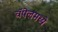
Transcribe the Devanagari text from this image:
चॅपेलमध्ये